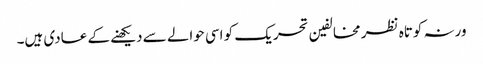
ورنہ کوتاہ نظر مخالفین تحریک کو اسی حوالے سے دیکھنے کے عادی ہیں۔